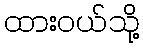
ထားဝယ်သို့